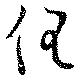
任